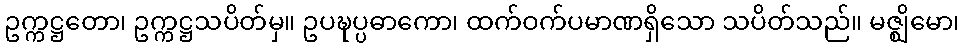
ဥက္ကဋ္ဌတော၊ ဥက္ကဋ္ဌသပိတ်မှ။ ဥပဍ္ဎပ္ပဓာကော၊ ထက်ဝက်ပမာဏရှိသော သပိတ်သည်။ မဇ္ဈိမော၊